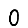
Digit: 0